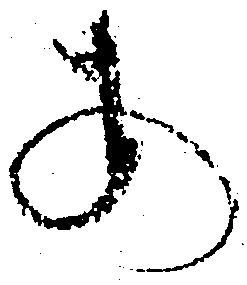
あ